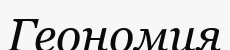
Геономия